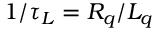
1 / \tau _ { L } = R _ { q } / L _ { q }